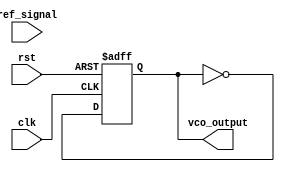
module MemoryBlocksPLL(
    input wire clk,                // System clock
    input wire rst,                // Reset signal
    input wire ref_signal,         // Reference input signal
    output reg vco_output          // Output from VCO
);

// Parameters
parameter MEMORY_SIZE = 16;      // Size of memory block
parameter FILTER_COEFF = 4;      // Coefficient for loop filter

// State Definitions
parameter IDLE = 2'b00;
parameter ACQUIRE = 2'b01;
parameter TRACK = 2'b10;

// Internal Signals
reg [1:0] state, next_state;
reg [MEMORY_SIZE-1:0] phase_memory; // Memory to store phase error
reg [3:0] phase_error;               // Phase error signal
reg [7:0] control_voltage;            // Control voltage for VCO
reg [7:0] vco_frequency;              // Frequency control for VCO

// Phase Detector
always @(posedge clk or posedge rst) begin
    if (rst) begin
        phase_error <= 0;
    end else begin
        // Simple phase detection logic (XOR for demonstration)
        phase_error <= (ref_signal ^ vco_output) ? 1 : 0;
    end
end

// Memory Block
always @(posedge clk or posedge rst) begin
    if (rst) begin
        phase_memory <= 0;
    end else begin
        // Store phase error in memory (simple shift register for demonstration)
        phase_memory <= {phase_memory[MEMORY_SIZE-2:0], phase_error};
    end
end

// Loop Filter
always @(posedge clk or posedge rst) begin
    if (rst) begin
        control_voltage <= 0;
    end else begin
        // Simple moving average filter for control voltage
        control_voltage <= (control_voltage + phase_error - phase_memory[MEMORY_SIZE-1]) >> FILTER_COEFF;
    end
end

// Voltage-Controlled Oscillator (VCO)
always @(posedge clk or posedge rst) begin
    if (rst) begin
        vco_frequency <= 0;
        vco_output <= 0;
    end else begin
        // Update frequency based on control voltage
        vco_frequency <= control_voltage; // This is simplified; actual implementation would be more complex
        // Generate output signal (simple toggle for demonstration)
        vco_output <= ~vco_output;
    end
end

// Control Logic
always @(posedge clk or posedge rst) begin
    if (rst) begin
        state <= IDLE;
    end else begin
        case (state)
            IDLE: begin
                if (phase_error) begin
                    next_state <= ACQUIRE;
                end else begin
                    next_state <= IDLE;
                end
            end
            ACQUIRE: begin
                // Logic to acquire lock
                if (phase_error == 0) begin
                    next_state <= TRACK;
                end else begin
                    next_state <= ACQUIRE;
                end
            end
            TRACK: begin
                // Logic to track the reference signal
                if (phase_error != 0) begin
                    next_state <= ACQUIRE;
                end else begin
                    next_state <= TRACK;
                end
            end
        endcase
        state <= next_state;
    end
end

endmodule